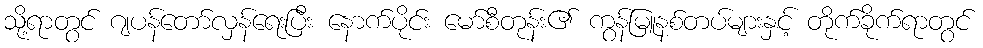
သို့ရာတွင် ဂျပန်တော်လှန်ရေးပြီး နောက်ပိုင်း မော်စီတုန်း၏ ကွန်မြူနစ်တပ်များနှင့် တိုက်ခိုက်ရာတွင်